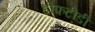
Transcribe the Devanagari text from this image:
डीफटीडी